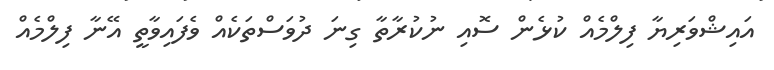
އައިޝްވަރިޔާ ފިލްމެއް ކުޅެން ސޮއި ނުކުރާތާ ގިނަ ދުވަސްތަކެއް ވެފައިވާތީ އޭނާ ފިލްމެއް